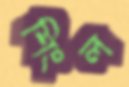
শিংল